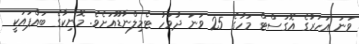
ވަނަ އަހަރުގެ އޮގަސްޓް މަހުގެ 25 ވަނަ ދުވަހު ޓެމިލްނާޑޫއަށެވެ. މޮނިކާގެ ބައްޕައަކީ